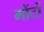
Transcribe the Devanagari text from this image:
मोंटों